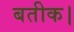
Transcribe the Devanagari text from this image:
बतीक।